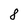
Character: 8